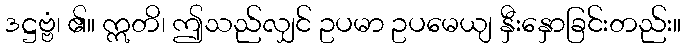
ဒဋ္ဌဗ္ဗံ၊ ၏။ ဣတိ၊ ဤသည်လျှင် ဥပမာ ဥပမေယျ နှီးနှောခြင်းတည်း။